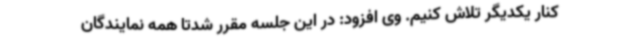
کنار یکدیگر تلاش کنیم. وی افزود: در این جلسه مقرر شدتا همه نمایندگان